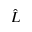
\hat { L }